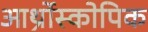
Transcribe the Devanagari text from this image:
आर्थ्रोस्कोपिक